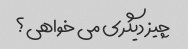
چیز دیگری می خواهی؟